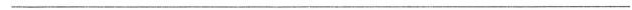
___